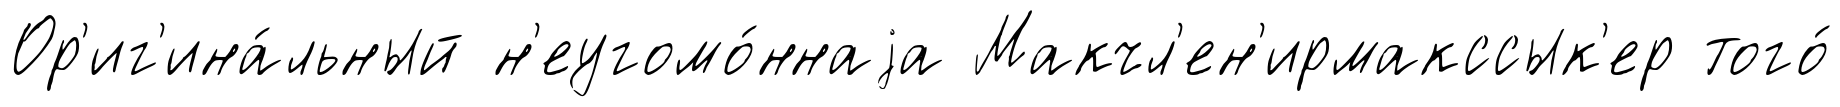
Ор'иг'ина́льный н'еугомо́ннаjа Макчл'ен'ирмакссык'ер того́